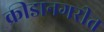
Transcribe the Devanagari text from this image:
क्रीडानगरीत